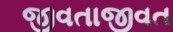
જીવતાજીવત